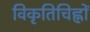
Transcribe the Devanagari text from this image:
विकृतिचिह्नों